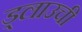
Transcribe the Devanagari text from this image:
ड्लाउची